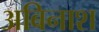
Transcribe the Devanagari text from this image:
अबिनाश